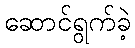
ဆောင်ရွက်ခဲ့